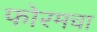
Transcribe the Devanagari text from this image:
फोरमचा